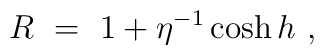
R\ =\ 1 + \eta^{-1} \cosh h \ ,